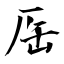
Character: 厒